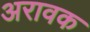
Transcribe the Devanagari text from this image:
अरावक